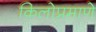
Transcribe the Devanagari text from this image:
किलोप्रमाणे